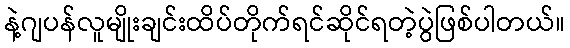
နဲ့ဂျပန်လူမျိုးချင်းထိပ်တိုက်ရင်ဆိုင်ရတဲ့ပွဲဖြစ်ပါတယ်။